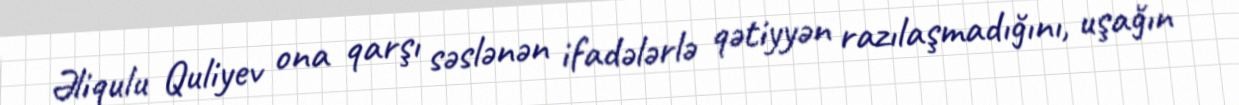
Əliqulu Quliyev ona qarşı səslənən ifadələrlə qətiyyən razılaşmadığını, uşağın